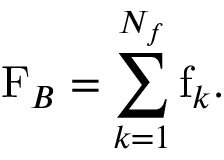
\mathrm { F } _ { B } = \sum _ { k = 1 } ^ { N _ { f } } \mathrm { f } _ { k } .